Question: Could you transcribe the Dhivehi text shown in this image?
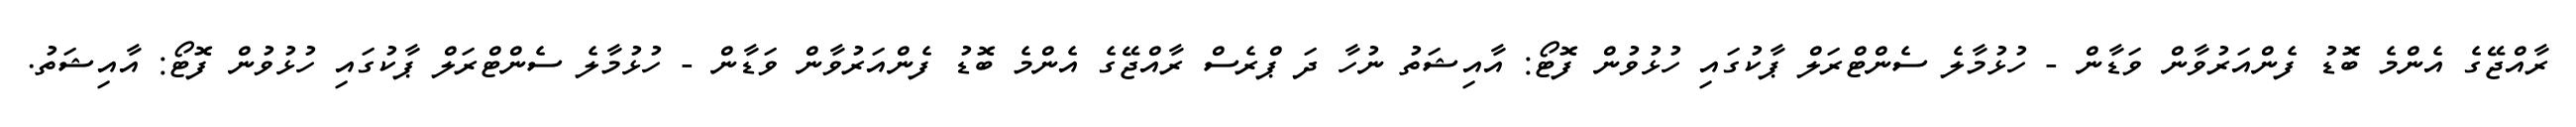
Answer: ރާއްޖޭގެ އެންމެ ބޮޑު ފެންއަރުވާން ވަޑާން - ހުޅުމާލެ ސެންޓްރަލް ޕާކުގައި ހުޅުވުން ފޮޓޯ: އާއިޝަތު ނުހާ ދަ ޕްރެސް ރާއްޖޭގެ އެންމެ ބޮޑު ފެންއަރުވާން ވަޑާން - ހުޅުމާލެ ސެންޓްރަލް ޕާކުގައި ހުޅުވުން ފޮޓޯ: އާއިޝަތު.